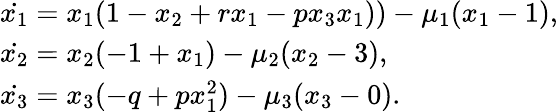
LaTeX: \begin{array}{ll}{\dot{{x}_{1}}={x}_{1}(1-{x}_{2}+{r}{x}_{1}-{p}{x}_{3}{x}_{1}))-{\mu}_{1}({x}_{1}-1),}\\ {\dot{{x}_{2}}={x}_{2}(-1+{x}_{1})-{\mu}_{2}({x}_{2}-3),}\\ {\dot{{x}_{3}}={x}_{3}(-{q}+{p}{x}_{1}^{2})-{\mu}_{3}({x}_{3}-0).}\end{array}